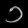
Digit: ၁